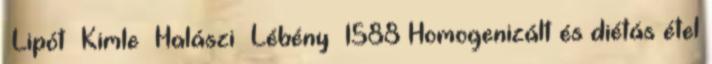
▪Lipót ▪Kimle ▪Halászi ▪Lébény ▪1588 Homogenizált és diétás étel